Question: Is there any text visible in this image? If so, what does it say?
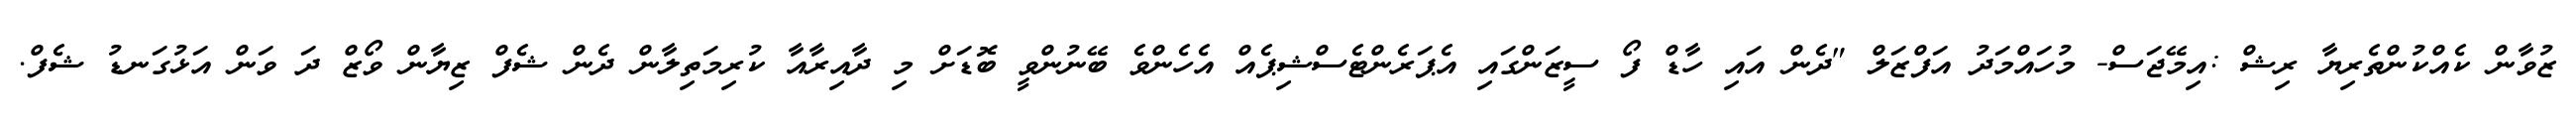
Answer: ޒުވާން ކެއްކުންތެރިޔާ ރިޝް :އިމޭޖަސް- މުހައްމަދު އަފްޒަލް "ދެން އައި ހާޑް ފޯ ސީޒަންގައި އެޕަރެންޓެސްޝިޕެއް އެހެންވެ ބޭނުންވީ ބޮޑަށް މި ދާއިރާއާ ކުރިމަތިލާން ދެން ޝެފް ޒިޔާން ވޯޒް ދަ ވަން އަޅުގަނޑު ޝެފް.